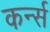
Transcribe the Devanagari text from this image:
कर्न्‍स